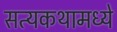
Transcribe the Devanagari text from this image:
सत्यकथामध्ये